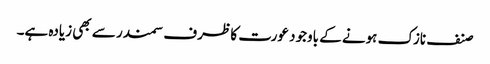
صنف نازک ہونے کے باوجود عورت کا ظرف سمندر سے بھی زیادہ ہے۔